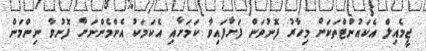
ޖީމެއިލް އެކައުންޓްތަކަށް މިހާރު ފޮނުވަން ފަށާފައިވާ ކަމަށާއި އެކަމަކު އެންމެންނަށް ފޮނުވާ ނިންމަން